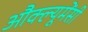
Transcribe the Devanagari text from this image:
औक्ल्यूमेंसी